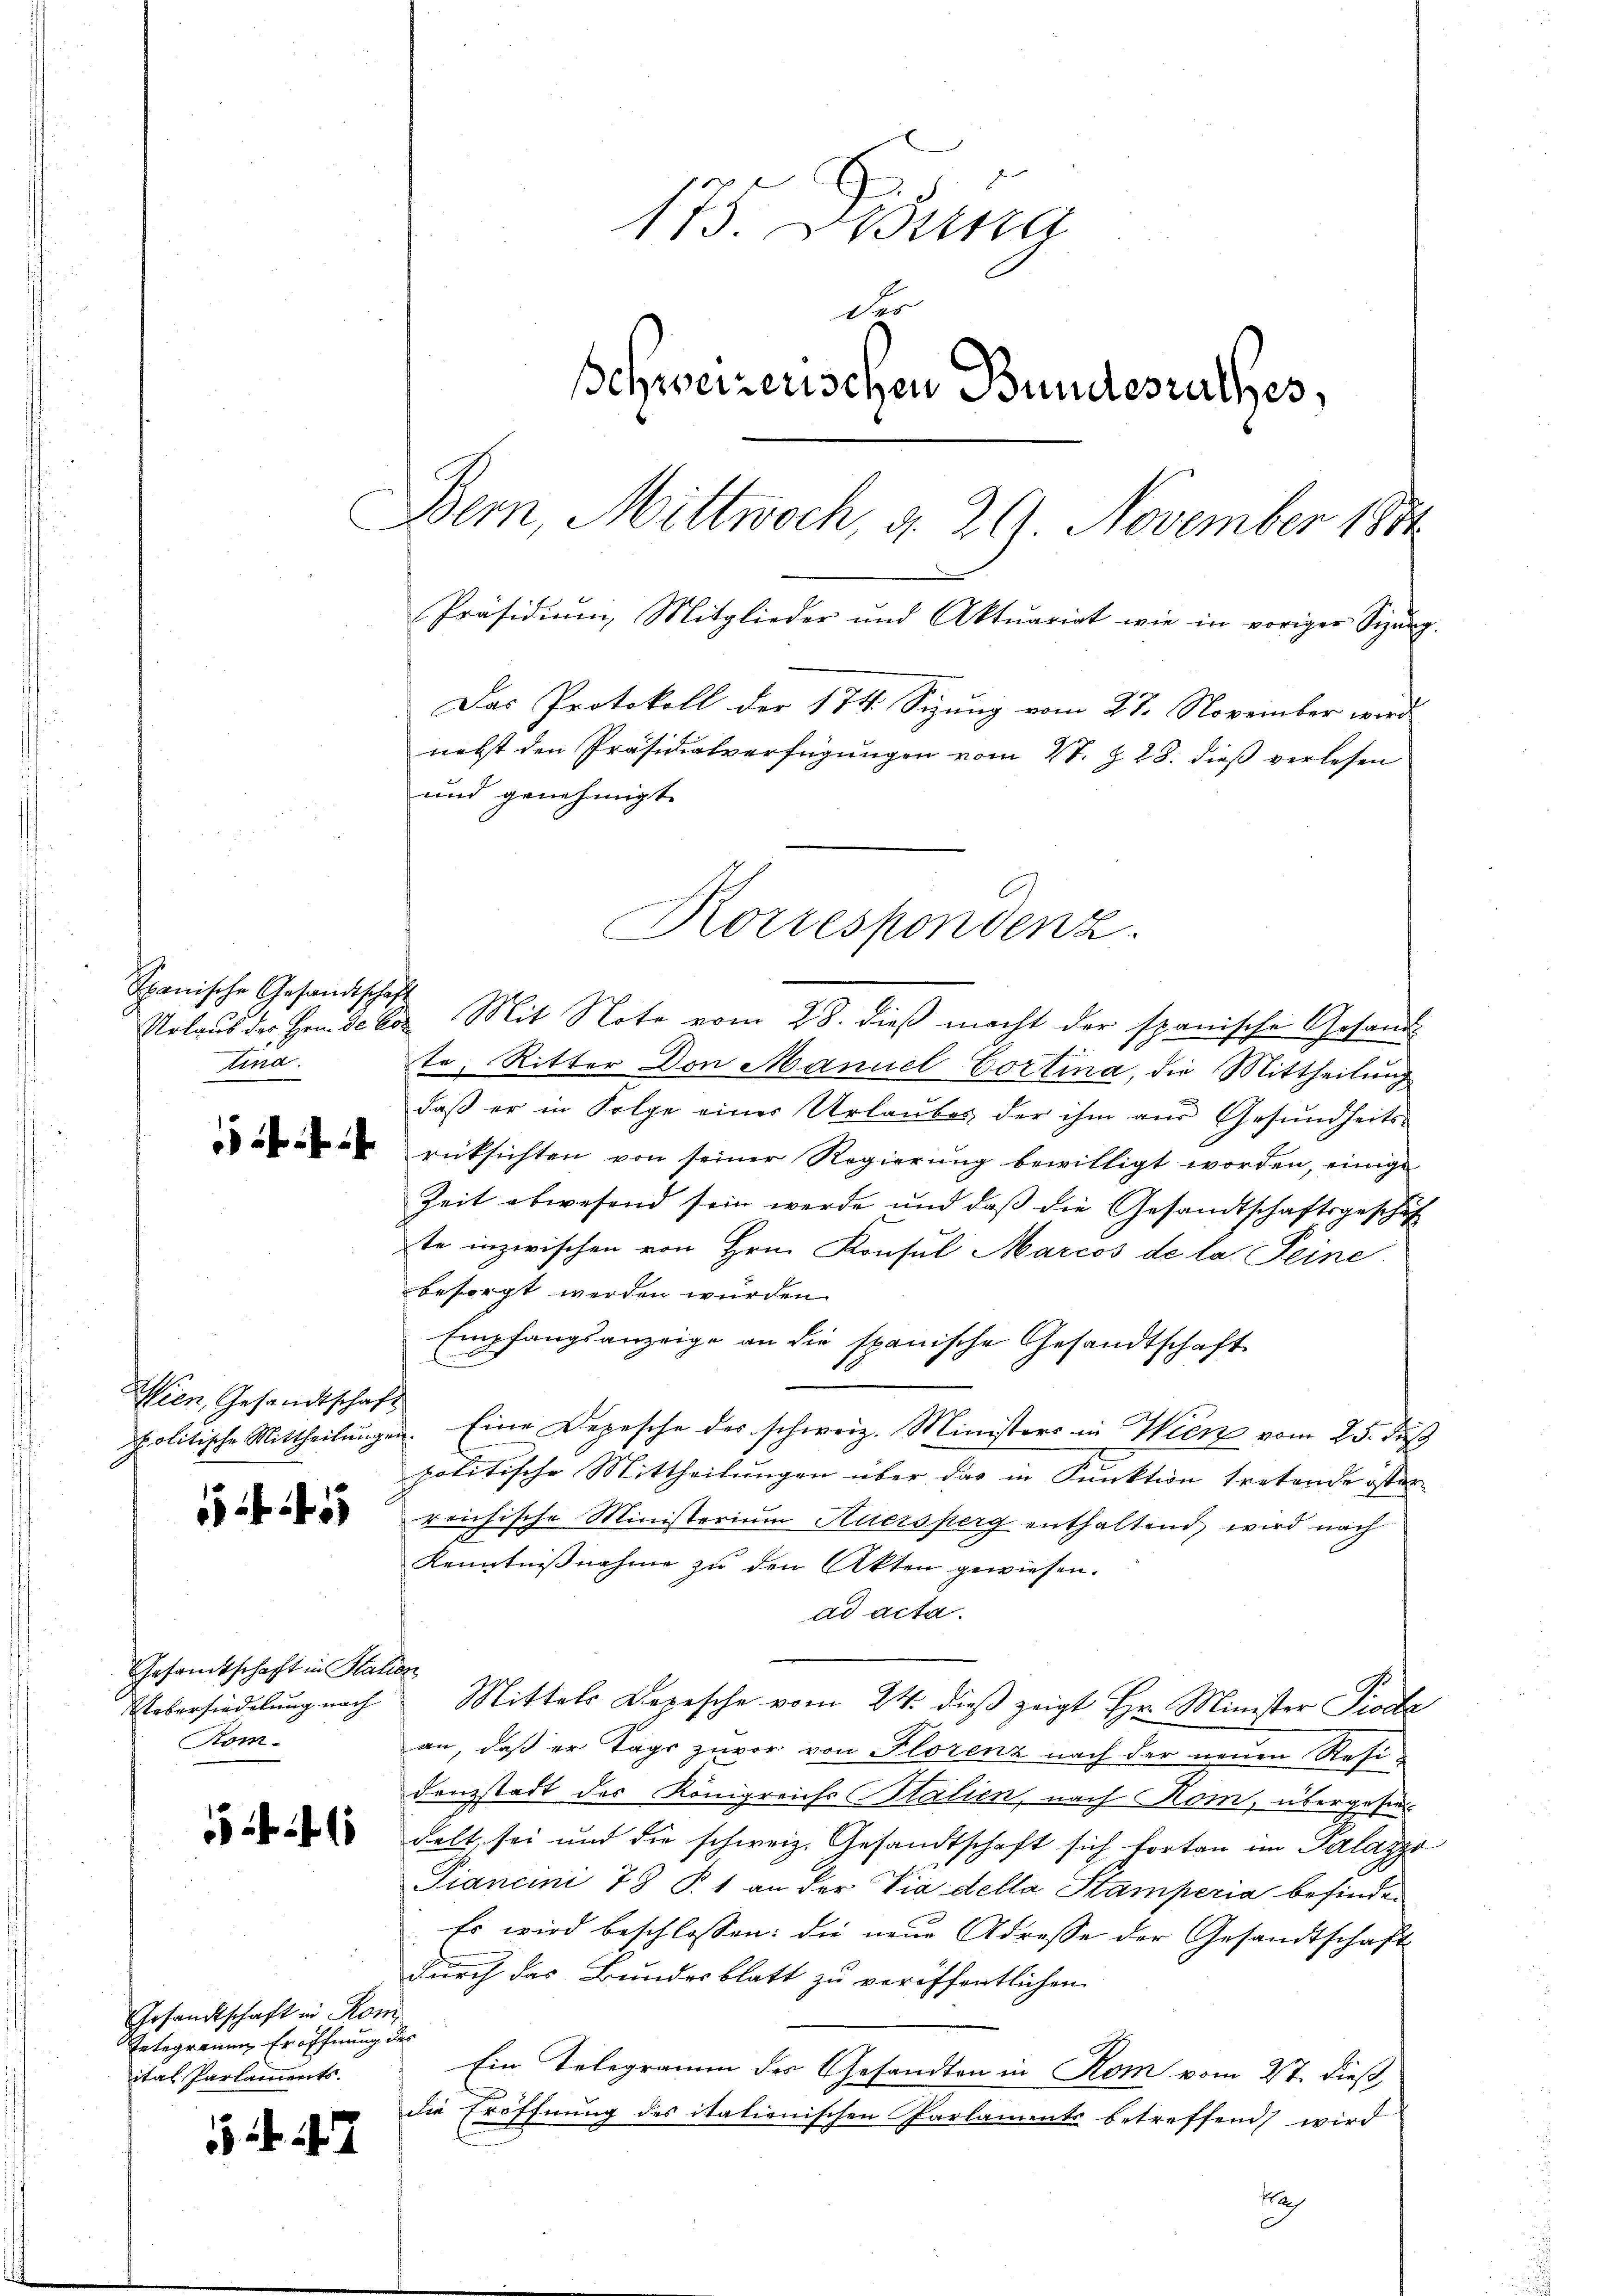
Spanische Gesandtschaft
tina.

Wien, Gesandtschaft

Gesandtschaft in Station
Kom¬

Gesandtschaft in Rom
Integrauen Eröffnung des
ital Parlaments.

173. Bestra
die
Schweizerischen Bundesrathes,
Bern, Mittwoch, d. 261 November 1881
Präsidiŭm, Mitglieder und Aktuariat wie in voriger Sizŭng.
Das Protokoll der 174. Sizung vom 27. November wird.
nebst den Präsidialverfügungen vom 2t. Z. 28. dieß verlesen
und genehmigt.

Korrespondenz.

Nolaus der Heide Cop. Mit Note vom 28. dieß macht der spanische Gesandt
te, Ritter Don Mannel Cortina, die Mittheilung
daß er in Folge einer Urlaubes der ihm aus Gesundheits-
rücksichten von seiner Regierung bewilligt worden, einige
Zeit abwesend sein werde und daß die Gesandtschaftsgeschäft
ste inzwischen von Hrn. Konsul Marcos de la Peine
besorgt werden wurden.
Empfangsanzeige an die spanische Gesandtschaft
politische Mittheilŭngen. Eine Depesche der schweiz. Ministers in Wien vom 25. daß
7
politische Mittheilungen über das in Punktion tretende öster
reichische Ministorium Auersperg enthaltend, wird nach
Kenntnißnahme zu den Akten gewiesen.
ad acta.
Uebersiedelung nach Mittels Depesche vom 24. dieß zeigt Hr. Minister Prote
an, daß er Tags zuvor von Florenz nach der neuen Residanzstadt des Königreichs Salien, nach Kom, übergeste
delt, sei und die schweiz. Gesandtschaft sich fortan im Palazzo
Piancini 78 P. 1 an der Via della Stamperia befinden
Es wird beschlossen: die neue Adresse der Gesandtschaft
durch das Bundesblatt zu veröffentlichen
Ein Telegramm des Gesandten in Rom vom 27. dieß,
die Eröffnung des italienischen Parlaments betreffend wird
h